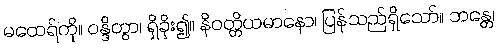
မထေရ်ကို။ ဝန္ဒိတွာ၊ ရှိခိုး၍။ နိဝတ္တိယမာနော၊ ပြန်သည်ရှိသော်။ ဘန္တေ၊